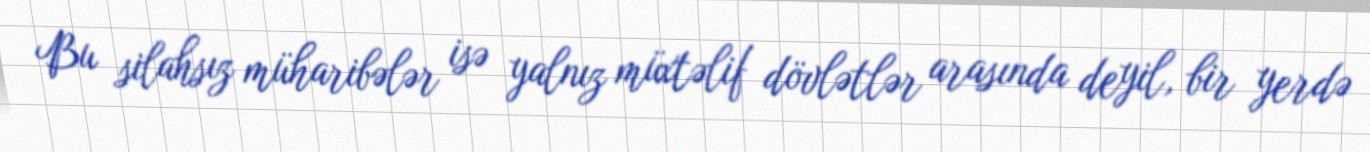
Bu silahsız müharibələr isə yalnız müxtəlif dövlətlər arasında deyil, bir yerdə